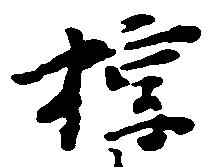
掠